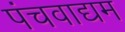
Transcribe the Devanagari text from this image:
पंचवाद्यम